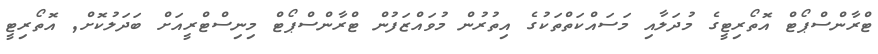
ޓްރާންސްޕޯޓް އޮތޯރިޓީގެ މުދަލާއި މަސައްކަތްތަކުގެ އިތުރުން މުވައްޒަަފުން ޓްރާންސްޕޯޓް މިނިސްޓްރީއަށް ބަދަލުކޮށް